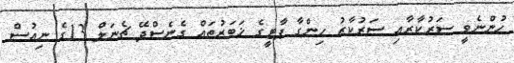
ހުންނެވީ ސަރުކާރާއި ސަރުކާރު ހިންގާ ޕާޓީގެ ޚަބަރުތައް ގެނެސްދޭ ޗެނަލް 13ގެ ނިއުސް